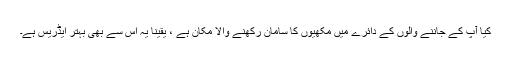
کیا آپ کے جاننے والوں کے دائرے میں مکھیوں کا سامان رکھنے والا مکان ہے ، یقینا یہ اس سے بھی بہتر ایڈریس ہے۔